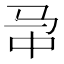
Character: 𱅁